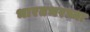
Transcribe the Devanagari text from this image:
भारतभरच्या